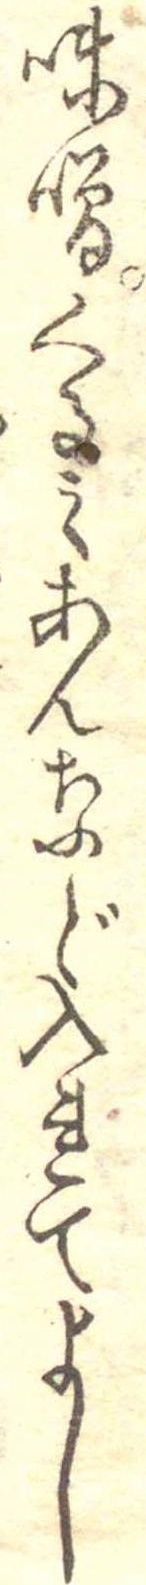
味噌くるみあんなど入れてよし